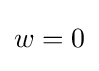
{\begin{aligned}w=0\end{aligned}}